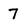
Character: 7